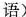
语)